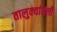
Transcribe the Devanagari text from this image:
तालुक्यांतली